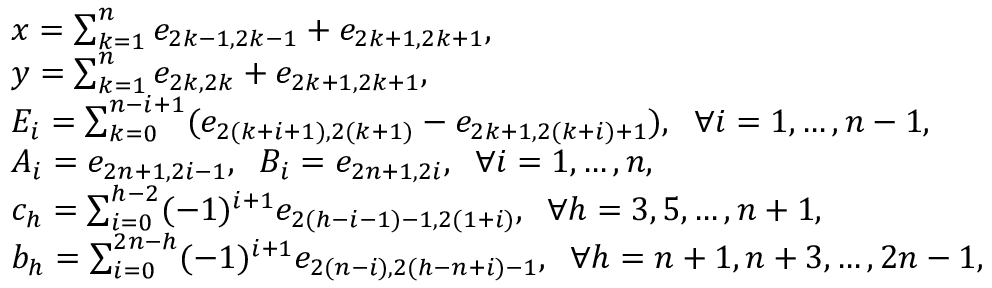
\begin{array} { r l } & { x = \sum _ { k = 1 } ^ { n } e _ { 2 k - 1 , 2 k - 1 } + e _ { 2 k + 1 , 2 k + 1 } , \; \; } \\ & { y = \sum _ { k = 1 } ^ { n } e _ { 2 k , 2 k } + e _ { 2 k + 1 , 2 k + 1 } , } \\ & { E _ { i } = \sum _ { k = 0 } ^ { n - i + 1 } ( e _ { 2 ( k + i + 1 ) , 2 ( k + 1 ) } - e _ { 2 k + 1 , 2 ( k + i ) + 1 } ) , \; \; \forall i = 1 , \ldots , n - 1 , } \\ & { A _ { i } = e _ { 2 n + 1 , 2 i - 1 } , \; \; B _ { i } = e _ { 2 n + 1 , 2 i } , \; \; \forall i = 1 , \ldots , n , } \\ & { c _ { h } = \sum _ { i = 0 } ^ { h - 2 } ( - 1 ) ^ { i + 1 } e _ { 2 ( h - i - 1 ) - 1 , 2 ( 1 + i ) } , \; \; \forall h = 3 , 5 , \ldots , n + 1 , } \\ & { b _ { h } = \sum _ { i = 0 } ^ { 2 n - h } ( - 1 ) ^ { i + 1 } e _ { 2 ( n - i ) , 2 ( h - n + i ) - 1 } , \; \; \forall h = n + 1 , n + 3 , \ldots , 2 n - 1 , } \end{array}